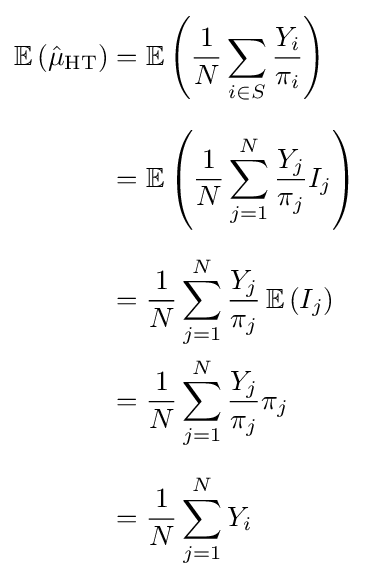
{\begin{aligned}\operatorname {\mathbb {E} } \left({\hat {\mu }}_{\mathrm {HT} }\right)&=\operatorname {\mathbb {E} } \left({\frac {1}{N}}\sum _{i\in S}{\frac {Y_{i}}{\pi _{i}}}\right)\\[6pt]&=\operatorname {\mathbb {E} } \left({\frac {1}{N}}\sum _{j=1}^{N}{\frac {Y_{j}}{\pi _{j}}}I_{j}\right)\\[6pt]&={\frac {1}{N}}\sum _{j=1}^{N}{\frac {Y_{j}}{\pi _{j}}}\operatorname {\mathbb {E} } \left(I_{j}\right)\\&={\frac {1}{N}}\sum _{j=1}^{N}{\frac {Y_{j}}{\pi _{j}}}\pi _{j}\\[6pt]&={\frac {1}{N}}\sum _{j=1}^{N}Y_{i}\end{aligned}}